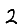
Digit: 2